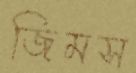
জিমস